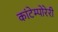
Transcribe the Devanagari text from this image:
कांटेम्पोरेरी